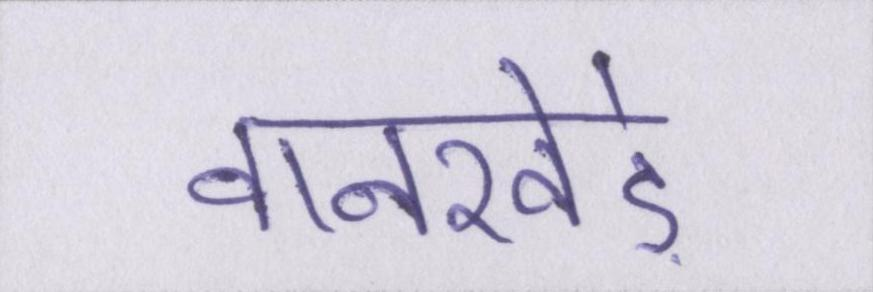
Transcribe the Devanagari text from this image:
वानखेड़े